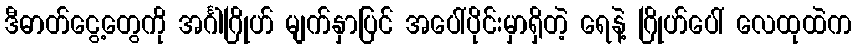
ဒီဓာတ်ငွေ့တွေကို အင်္ဂါဂြိုဟ် မျက်နှာပြင် အပေါ်ပိုင်းမှာရှိတဲ့ ရေနဲ့ ဂြိုဟ်ပေါ် လေထုထဲက